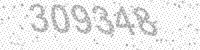
Solution: 309348